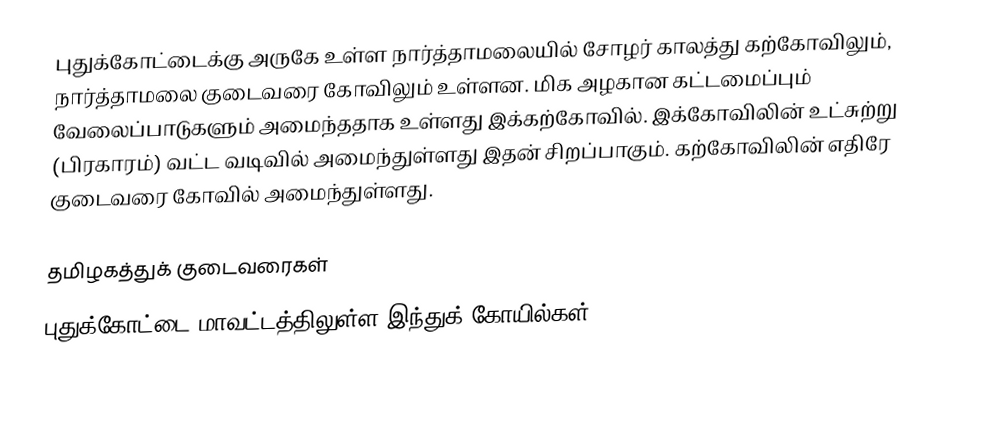
புதுக்கோட்டைக்கு அருகே உள்ள நார்த்தாமலையில் சோழர் காலத்து கற்கோவிலும், நார்த்தாமலை குடைவரை கோவிலும் உள்ளன. மிக அழகான கட்டமைப்பும் வேலைப்பாடுகளும் அமைந்ததாக உள்ளது இக்கற்கோவில்.  இக்கோவிலின் உட்சுற்று (பிரகாரம்) வட்ட வடிவில் அமைந்துள்ளது இதன் சிறப்பாகும். கற்கோவிலின் எதிரே குடைவரை கோவில் அமைந்துள்ளது.

தமிழகத்துக் குடைவரைகள்
புதுக்கோட்டை மாவட்டத்திலுள்ள இந்துக் கோயில்கள்